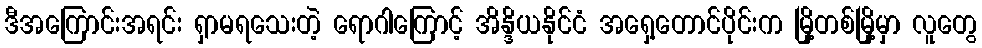
ဒီအကြောင်းအရင်း ရှာမရသေးတဲ့ ရောဂါကြောင့် အိန္ဒိယနိုင်ငံ အရှေ့တောင်ပိုင်းက မြို့တစ်မြို့မှာ လူတွေ